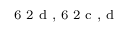
^ \textrm { \scriptsize 6 2 d , 6 2 c , d }